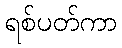
ရစ်ပတ်ကာ